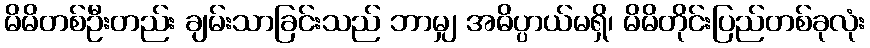
မိမိတစ်ဦးတည်း ချမ်းသာခြင်းသည် ဘာမျှ အဓိပ္ပာယ်မရှိ၊ မိမိတိုင်းပြည်တစ်ခုလုံး